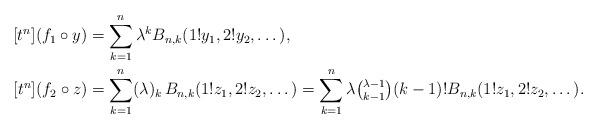
LaTeX: \begin{align*} [t^n] (f_1\circ y) &= \sum_{k=1}^n \lambda^{k} B_{n,k}(1!y_1,2!y_2,\dots), \\ [t^n] (f_2\circ z) &= \sum_{k=1}^n (\lambda)_k\, B_{n,k}(1!z_1,2!z_2,\dots) = \sum_{k=1}^n \lambda\tbinom{\lambda-1}{k-1}(k-1)!B_{n,k}(1!z_1,2!z_2,\dots).\end{align*}